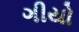
ગીયો